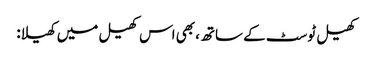
کھیل ٹوسٹ کے ساتھ، بھی اس کھیل میں کھیلا: